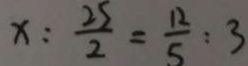
x : \frac { 2 5 } { 2 } = \frac { 1 2 } { 5 } : 3